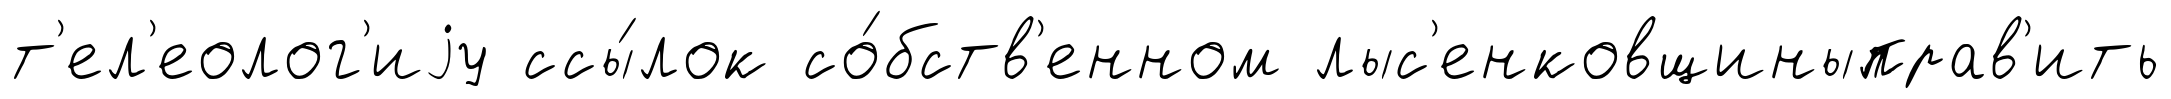
т'ел'еолог'иjу ссы́лок со́бств'енном лыс'енковщиныправ'ить